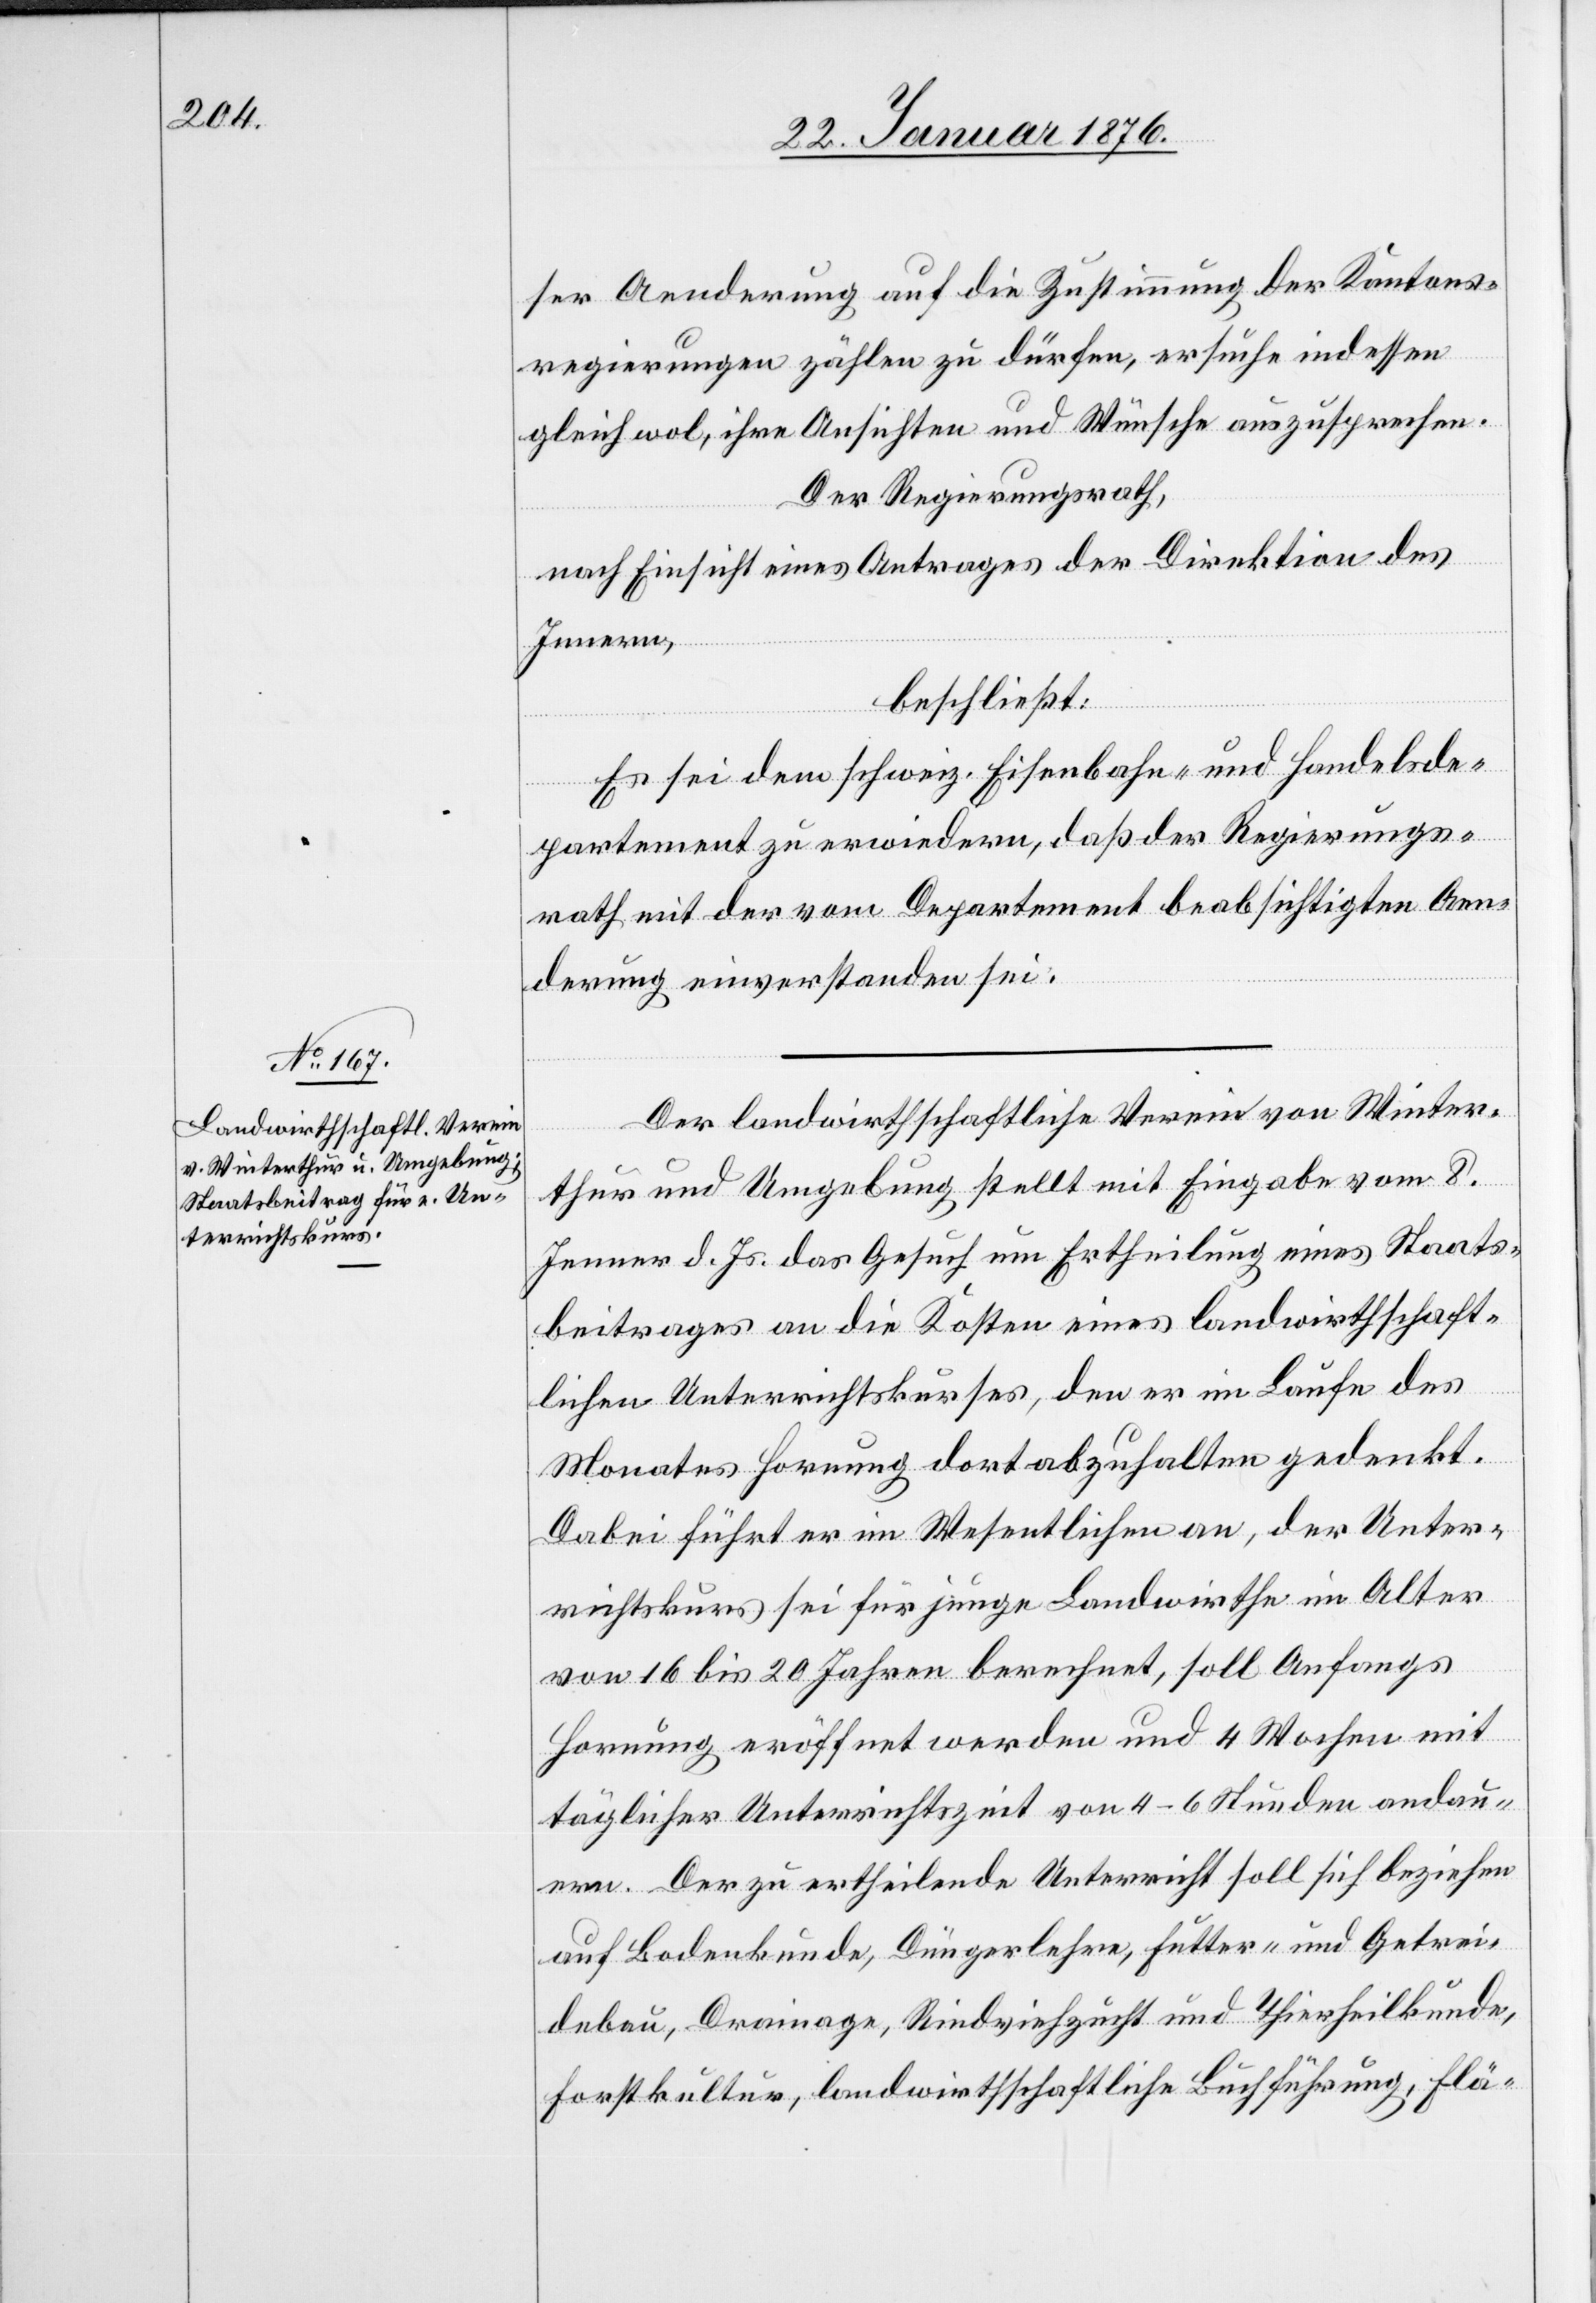
ser Aenderung auf die Zustimmung der Kantons¬
regierungen zählen zu dürfen, ersuche indessen
gleich wol, ihre Ansichten und Wünsche auszusprechen.
Der Regierungsrath,
nach Einsicht eines Antrages der Direktion des
Innern,
beschließt:
Es sei dem schweiz. Eisenbahn- und Handelsde¬
partement zu erwiedern, daß der Regierungs¬
rath mit der vom Departement beabsichtigten Aen¬
derung einverstanden sei.
Der landwirthschaftliche Verein von Winter¬
thur und Umgebung stellt mit Eingabe vom 8.
Jenner d. Js. das Gesuch um Ertheilung eines Staats¬
beitrages an die Kosten eines landwirthschaft¬
lichen Unterrichtskurses, den er im Laufe des
Monates Hornung dort abzuhalten gedenkt.
Dabei führt er im Wesentlichen an, der Unter¬
richtskurs sei für junge Landwirthe im Alter
von 16 bis 20 Jahren berechnet, soll Anfangs
Hornung eröffnet werden und 4 Wochen mit
täglicher Unterrichtszeit von 4–6 Stunden andau¬
ern. Der zu ertheilende Unterricht soll sich beziehen
auf Bodenkunde, Düngerlehre, Futter- und Getrei¬
debau, Drainage, Rindviehzucht und Thierheilkunde,
Forstkultur, landwirthschaftliche Buchführung, Flä-